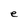
Character: e